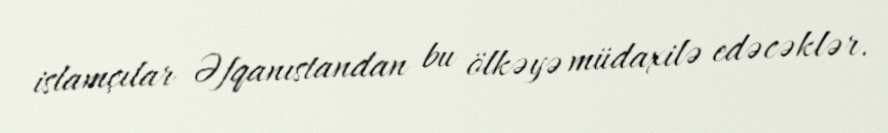
islamçılar Əfqanıstandan bu ölkəyə müdaxilə edəcəklər.